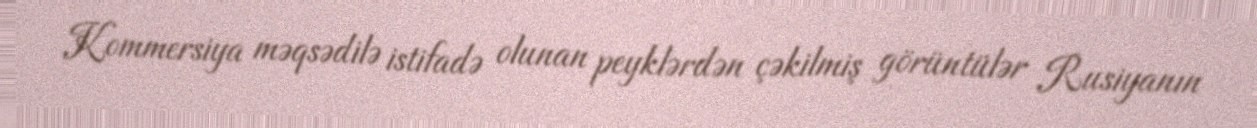
Kommersiya məqsədilə istifadə olunan peyklərdən çəkilmiş görüntülər Rusiyanın